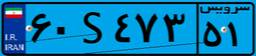
۸۰S۴۰۶۱۱